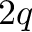
2 q